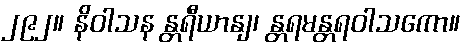
၂၉၂။ နိဝါသန န္တရီယာနျ၊ န္တရမန္တရဝါသကော။